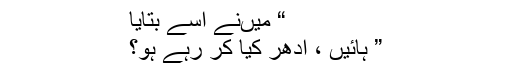
“ میںنے اسے بتایا
” ہائیں ، اُدھر کیا کر رہے ہو؟